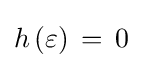
\textstyle h\left(\varepsilon \right)\,=\,0